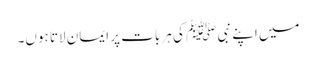
میں اپنے نبی ﷺ کی ہر بات پر ایمان لاتا ہوں۔